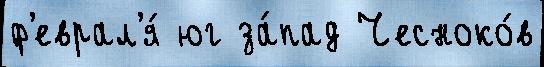
ф'еврал'я́ юг за́пад Чесноко́в